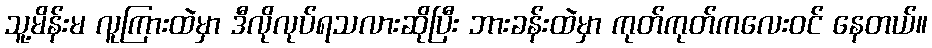
သူ့မိန်းမ လူကြားထဲမှာ ဒီလိုလုပ်ရသလားဆိုပြီး ဘားခန်းထဲမှာ ကုတ်ကုတ်ကလေးဝင် နေတယ်။